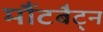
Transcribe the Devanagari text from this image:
मौंटबैट्न